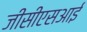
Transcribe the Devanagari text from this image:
जीसीएसआई